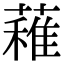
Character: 䕌